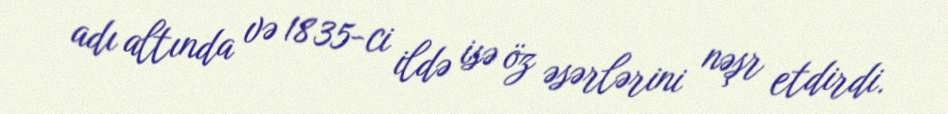
adı altında və 1835-ci ildə isə öz əsərlərini nəşr etdirdi.